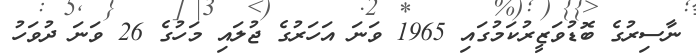
ނާސިރުގެ ބޮޑުވަޒީރުކަމުގައި 1965 ވަނަ އަހަރުގެ ޖުލައި މަހުގެ 26 ވަނަ ދުވަހު